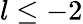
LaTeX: l\leq-2